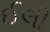
ઈલી